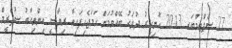
27 ސެޕްޓެމްބަރ 2013 ހޮނިހިރު ދުވަހު ބޭއްވުމަށް ހަމަޖެހިފައިވާ ރިޔާސީ އިންތިހާބު ސުޕްރީމް